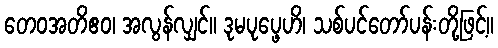
တေဝအတိဧဝ၊ အလွန်လျှင်။ ဒုမပုပ္ဖေဟိ၊ သစ်ပင်တော်ပန်းတို့ဖြင့်။